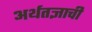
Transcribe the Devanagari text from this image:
अर्थतज्ञाची